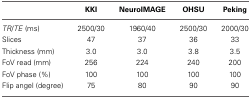
<table><thead><tr><td></td><td><b>KKI</b></td><td><b>NeuroIMAGE</b></td><td><b>OHSU</b></td><td><b>Peking</b></td></tr></thead><tbody><tr><td><i>TR</i>/<i>TE</i> (ms)</td><td>2500/30</td><td>1960/40</td><td>2500/30</td><td>2000/30</td></tr><tr><td>Slices</td><td>47</td><td>37</td><td>36</td><td>33</td></tr><tr><td>Thickness (mm)</td><td>3.0</td><td>3.0</td><td>3.8</td><td>3.5</td></tr><tr><td>FoV read (mm)</td><td>256</td><td>224</td><td>240</td><td>200</td></tr><tr><td>FoV phase (%)</td><td>100</td><td>100</td><td>100</td><td>100</td></tr><tr><td>Flip angel (degree)</td><td>75</td><td>80</td><td>90</td><td>90</td></tr></tbody></table>